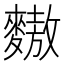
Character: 𪍮